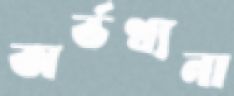
অর্ভথ্যনা